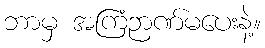
ဘာမှ အကြံဉာဏ်မပေးနဲ့။